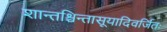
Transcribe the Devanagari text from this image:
शान्तश्चिन्तासूयादिवर्जितः